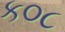
ક૦૮